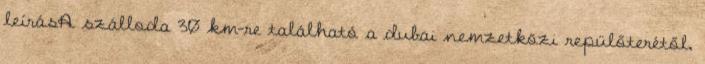
leírásA szálloda 30 km-re található a dubai nemzetközi repülőterétől,